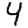
Digit: 4